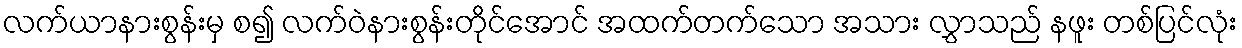
လက်ယာနားစွန်းမှ စ၍ လက်ဝဲနားစွန်းတိုင်အောင် အထက်တက်သော အသား လွှာသည် နဖူး တစ်ပြင်လုံး